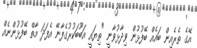
އޭގެ ތެރެއިން ބައެއް ބޭފުޅުން ވިދާޅުވާނީ "ތިޔައީ އަބޫބަކުރުގެފާނޭ އެފަދަ މާތް ބޭފުޅުންނެއް